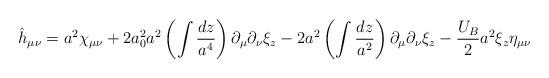
LaTeX: \begin{align*}\hat h_{\mu\nu} = a^2\chi_{\mu\nu} + 2a_0^2 a^2 \left(\int \frac{dz}{a^4}\right)\partial_{\mu}\partial_{\nu}\xi_z - 2 a^2 \left(\int \frac{dz}{a^2}\right)\partial_{\mu}\partial_{\nu}\xi_z-\frac{U_B}{2}a^2 \xi_z \eta_{\mu\nu}\end{align*}